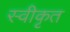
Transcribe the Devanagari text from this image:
स्वीकृत